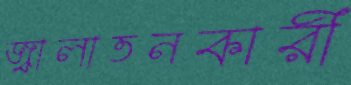
জ্বালাতনকারী